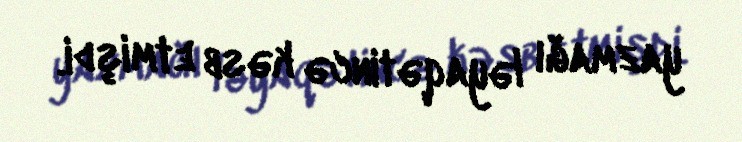
yazmağı ləyaqətincə kəsb etmişdi.